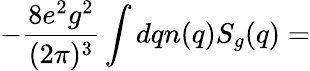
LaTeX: -\frac{8e^{2}g^{2}}{(2\pi)^{3}}\int dqn(q)S_{g}(q)=